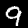
Digit: 9